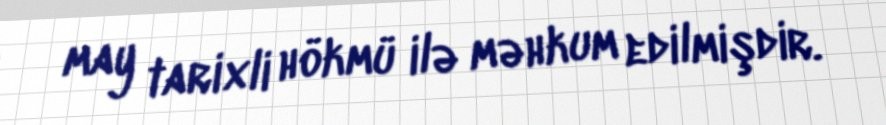
may tarixli hökmü ilə məhkum edilmişdir.